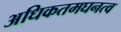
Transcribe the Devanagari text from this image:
अधिकतमघनत्व